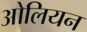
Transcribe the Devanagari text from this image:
ओलियन